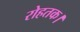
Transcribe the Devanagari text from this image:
रोहतक।